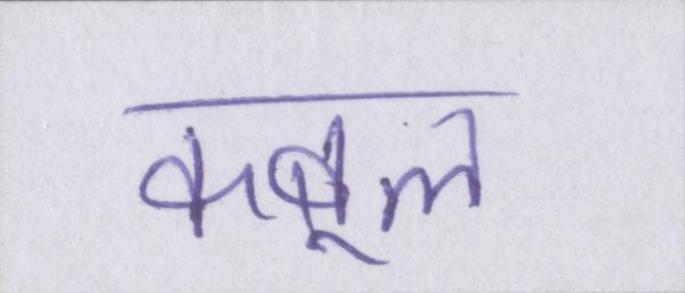
कबूल